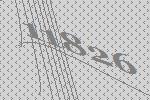
11826